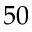
5 0